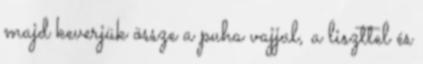
majd keverjük össze a puha vajjal, a liszttel és